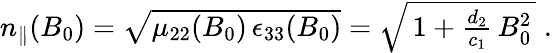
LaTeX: \begin{array}{r}{n_{\parallel}(B_{0})=\sqrt{\mu_{22}(B_{0})\, \epsilon_{33}(B_{0})}=\sqrt{\, 1+\frac{d_{2}}{c_{1}}\, B_{0}^{2}\, }\; .}\end{array}